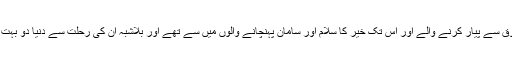
بلاشبہ یہ دونوں اللہ کے نیک بند ے اس کی مخلوق سے پیار کرنے والے اور اس تک خیر کا سلام اور سامان پہنچانے والوں میں سے تھے اور بلاشبہ ان کی رحلت سے دنیا دو بہت اچھے اور قیمتی انسانوں سے محروم ہوگئی ہے۔